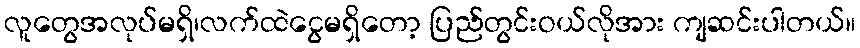
လူတွေအလုပ်မရှိ၊လက်ထဲငွေမရှိတော့ ပြည်တွင်းဝယ်လိုအား ကျဆင်းပါတယ်။